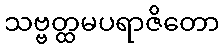
သဗ္ဗတ္ထမပရာဇိတော